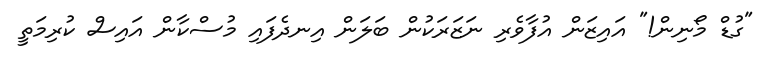
"ގުޑް މޯނިން!" އައިޒަން އުފާވެރި ނަޒަރަކުން ބަލަން އިނދެފައި މުސްކާން އައިސް ކުރިމަތީ